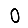
Digit: 0